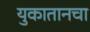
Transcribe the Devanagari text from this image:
युकातानचा